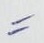
=